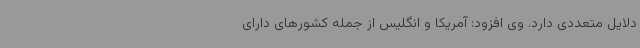
دلایل متعددی دارد. وی افزود: آمریکا و انگلیس از جمله کشورهای دارای